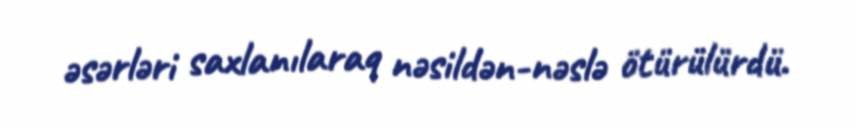
əsərləri saxlanılaraq nəsildən-nəslə ötürülürdü.